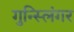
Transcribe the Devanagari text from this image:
गुन्स्लिंगर